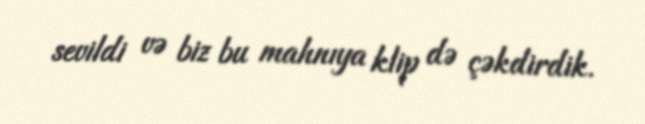
sevildi və biz bu mahnıya klip də çəkdirdik.